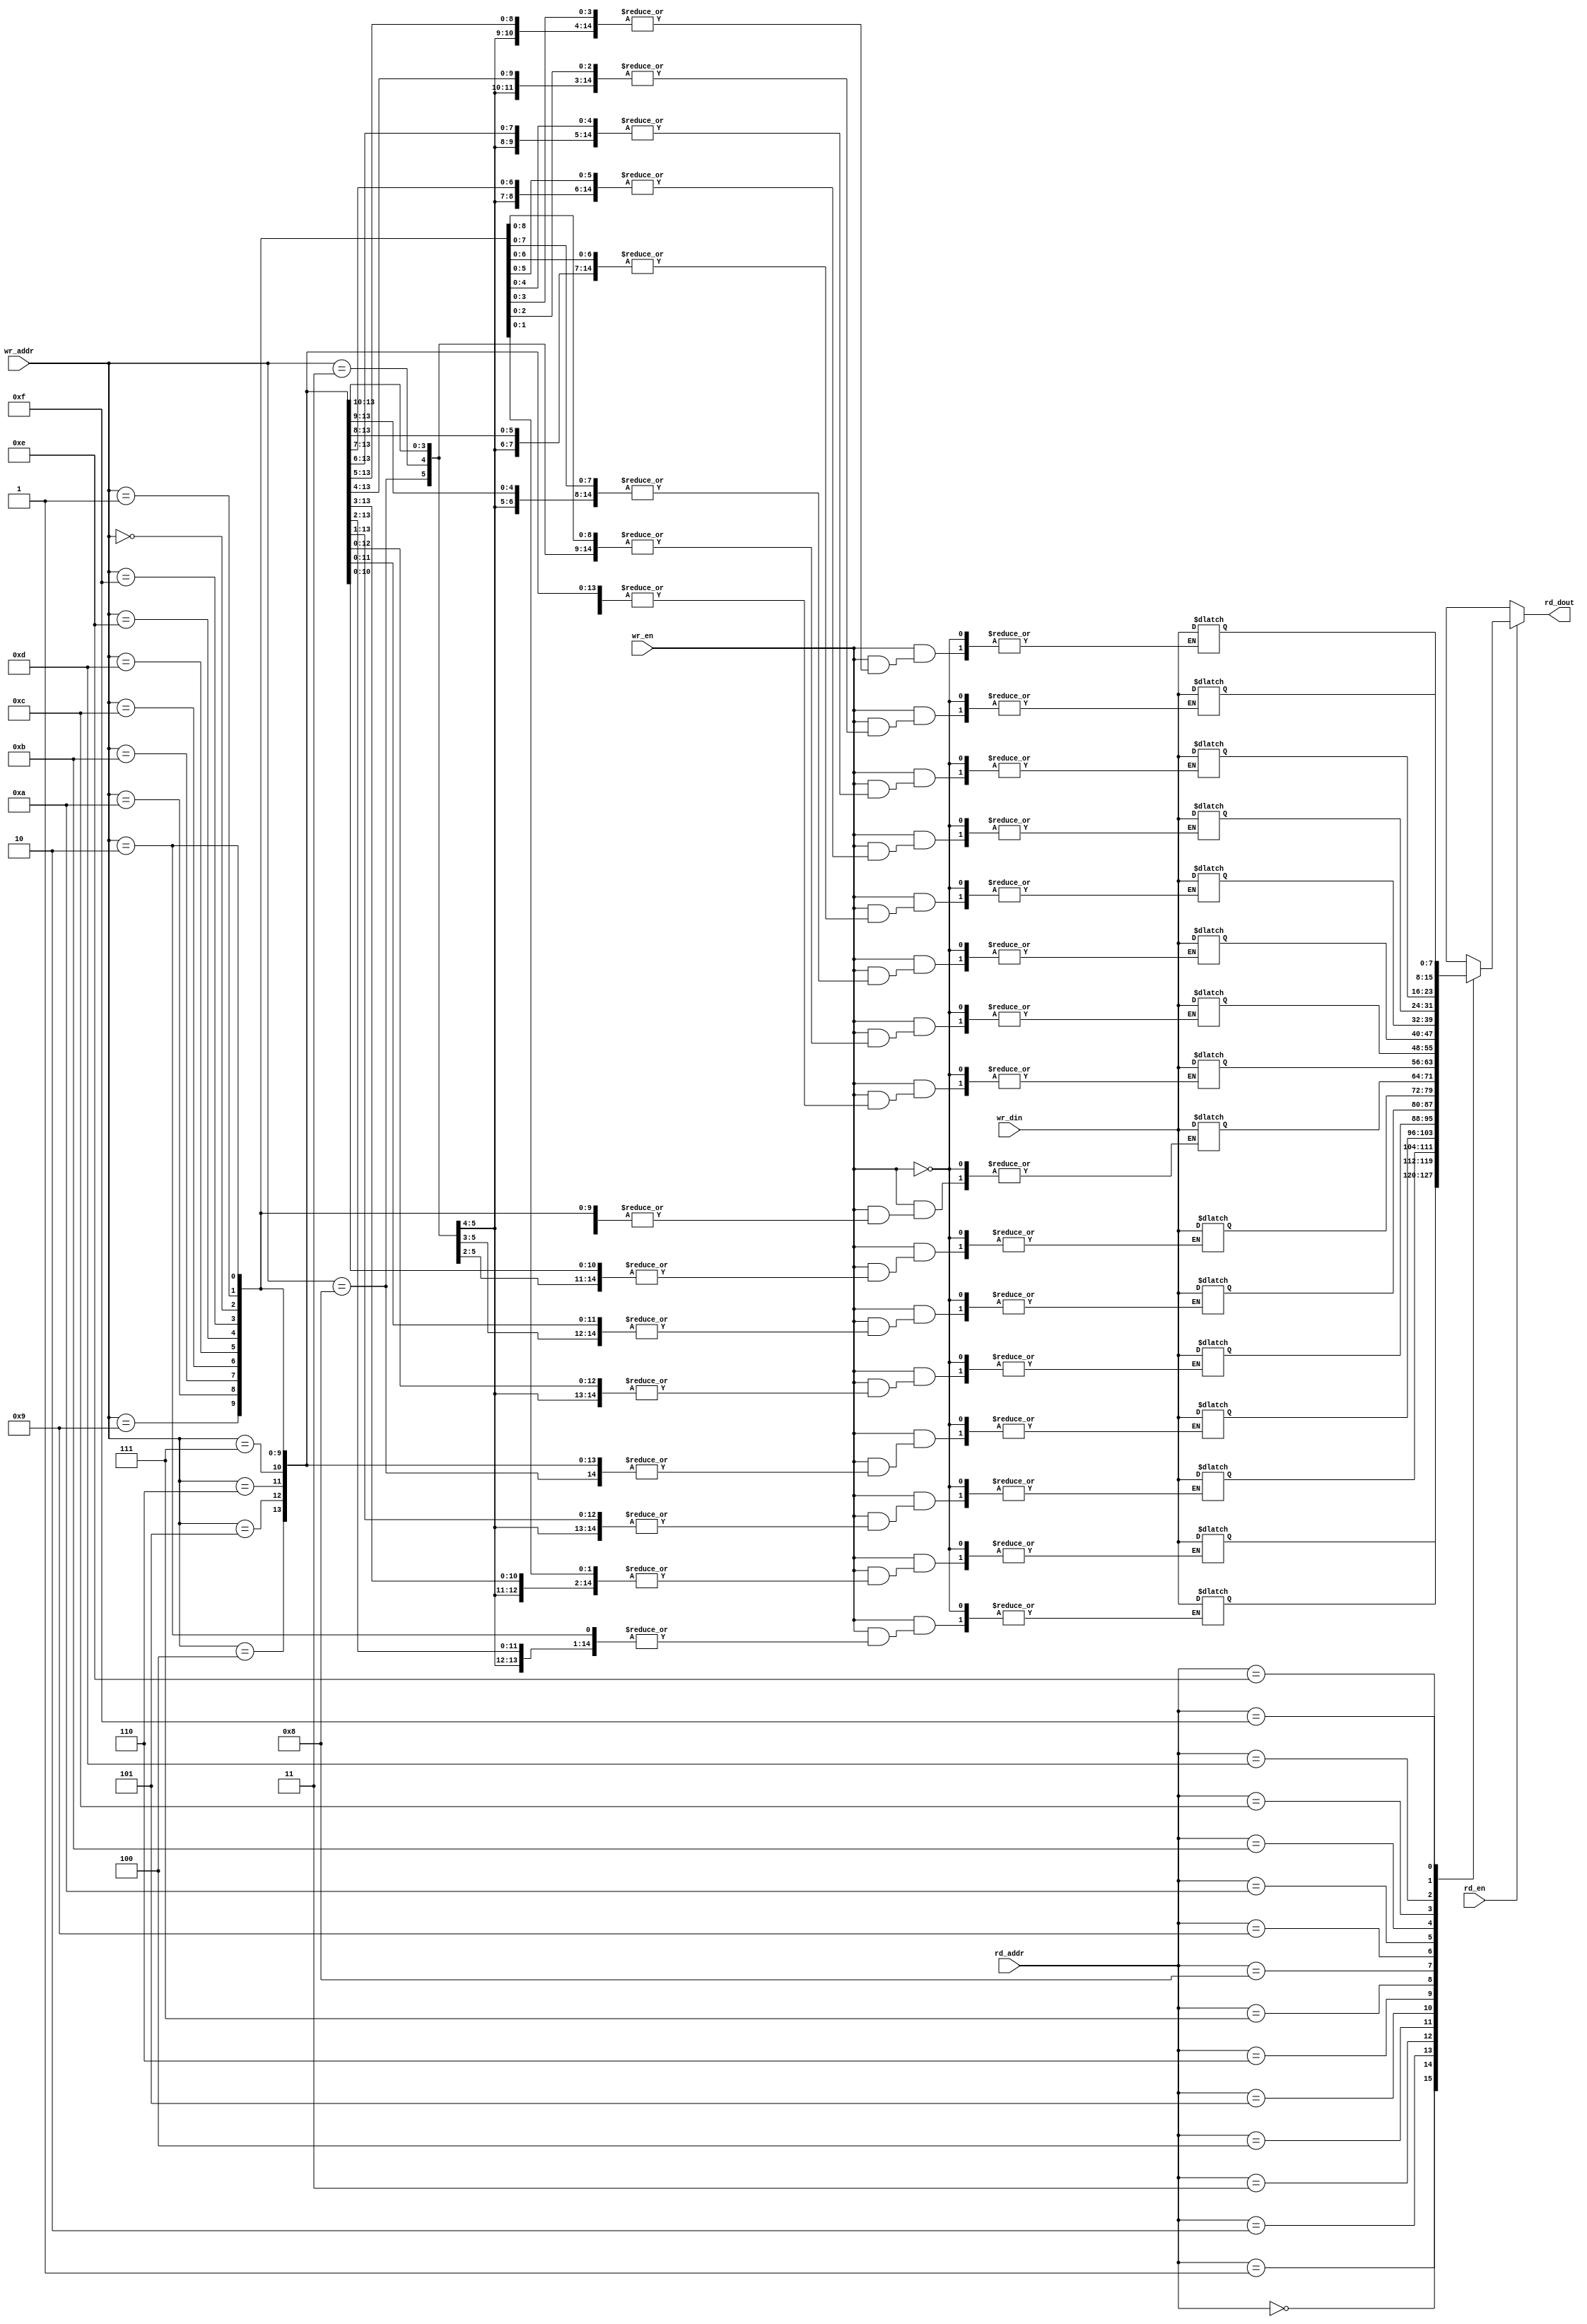
`timescale 1ns/1ps
// Dual port memory
module SRAM
#(
  parameter WIDTH=8,
  parameter DEPTH=16,
  parameter ADDR_WIDTH=4
  )
(
  input [ADDR_WIDTH-1:0]  rd_addr,
  input                   rd_en,
  output [WIDTH-1:0]      rd_dout,
  
  input [ADDR_WIDTH-1:0]  wr_addr,
  input                   wr_en,
  input [WIDTH-1:0]       wr_din
);

reg [WIDTH-1:0] mem[DEPTH-1:0];
wire [WIDTH-1:0] rd_out;

assign rd_out = ~rd_en ? {WIDTH{1'bx}} : mem[rd_addr];
assign #1 rd_dout = rd_out;

always @(*) begin
  if(wr_en)
    #1 mem[wr_addr] = wr_din;
end

endmodule